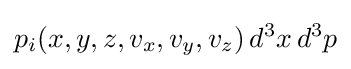
p_{i}(x,y,z,v_{x},v_{y},v_{z})\,d^{3}x\,d^{3}p